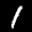
Label: 1